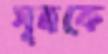
সূত্রকে